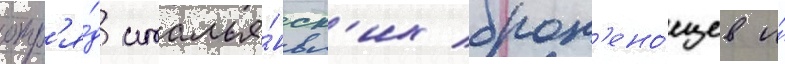
отр'я́д италья́нск'их брон'ено́сцев и́